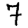
Digit: 7